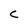
Character: C